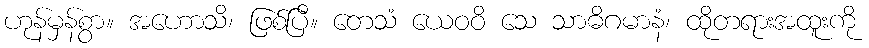
ဟုန်မှန်စွာ။ အဟောသိ၊ ဖြစ်ပြီ။ တေသံ ယေဝဝိ သေ သာဓိဂမာနံ၊ ထိုတရားအထူးကို